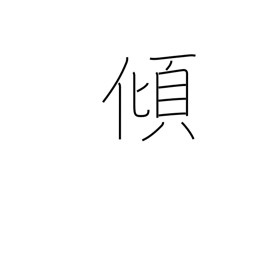
Meaning: lean